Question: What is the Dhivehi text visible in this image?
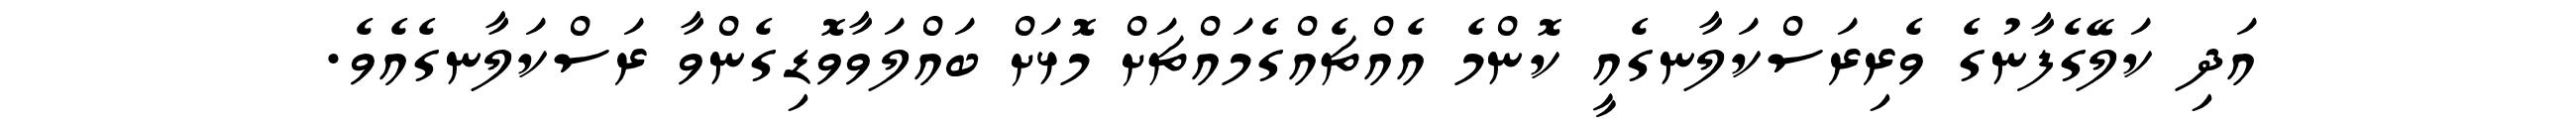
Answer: އަދި ކަލޭގެފާނުގެ ވެރިރަސްކަލާނގެއީ ކޮންމެ އެއްޗެއްގެމައްޗަށް މޮޅަށް ބައްލަވާވޮޑިގެންވާ ރަސްކަލާނގެއެވެ.